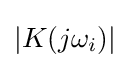
|K(j\omega _{i})|